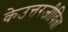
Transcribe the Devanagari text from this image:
केउत्तरजीविता